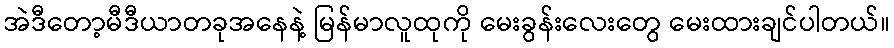
အဲဒီတော့မီဒီယာတခုအနေနဲ့ မြန်မာလူထုကို မေးခွန်းလေးတွေ မေးထားချင်ပါတယ်။